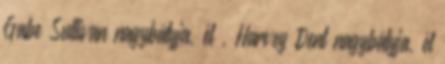
Gabe Sullivan nagybátyja, él , Harvey Dent nagybátyja, él